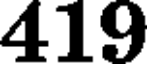
419